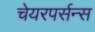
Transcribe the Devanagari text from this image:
चेयरपर्सन्स